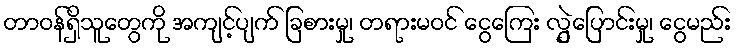
တာဝန်ရှိသူတွေကို အကျင့်ပျက် ခြစားမှု၊ တရားမဝင် ငွေကြေး လွဲှပြောင်းမှု၊ ငွေမည်း